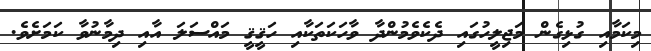
މިކަމާއި ގުޅިގެން މަޖިލީހުގައި ދެކެވެމުންދާ ވާހަކަތަކާއި ހަޤީޤީ މައްސަލަ އާއި ދިމާނުވާ ކަމަށެވެ.